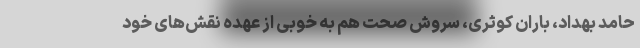
حامد بهداد، باران کوثری، سروش صحت هم به خوبی از عهده نقش‌های خود